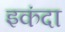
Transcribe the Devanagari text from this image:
इकंदा